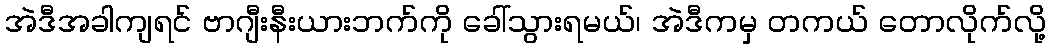
အဲဒီအခါကျရင် ဗာဂျီးနီးယားဘက်ကို ခေါ်သွားရမယ်၊ အဲဒီကမှ တကယ် တောလိုက်လို့